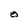
Character: O